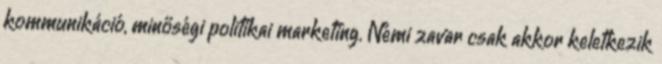
kommunikáció, minőségi politikai marketing. Némi zavar csak akkor keletkezik